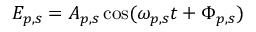
E _ { p , s } = A _ { p , s } \cos ( \omega _ { p , s } t + \Phi _ { p , s } )